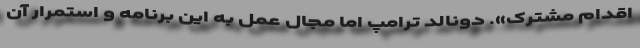
اقدام مشترک». دونالد ترامپ اما مجال عمل به این برنامه و استمرار آن